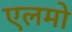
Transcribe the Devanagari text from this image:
एलमो